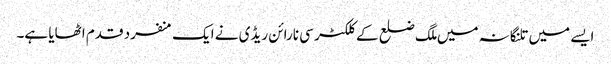
ایسے میں تلنگانہ میں ملگ ضلع کے کلکٹر سی نارائن ریڈی نے ایک منفرد قدم اٹھایا ہے۔